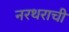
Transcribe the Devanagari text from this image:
नरथराची